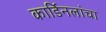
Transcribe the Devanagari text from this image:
कार्डिनलांचा